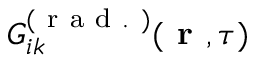
G _ { i k } ^ { ( \mathrm { ~ r ~ a ~ d ~ . ~ } ) } ( \textbf { r } , \tau )